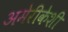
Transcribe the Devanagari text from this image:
अमेरीकेशी